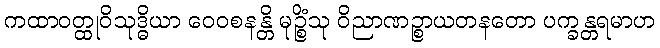
ကထာဝတ္ထုဝိသုဒ္ဓိယာ ဝေဝစနန္တိ မုဉ္စိံသု ဝိညာဏဉ္စာယတနတော ပက္ခန္တရမာဟ